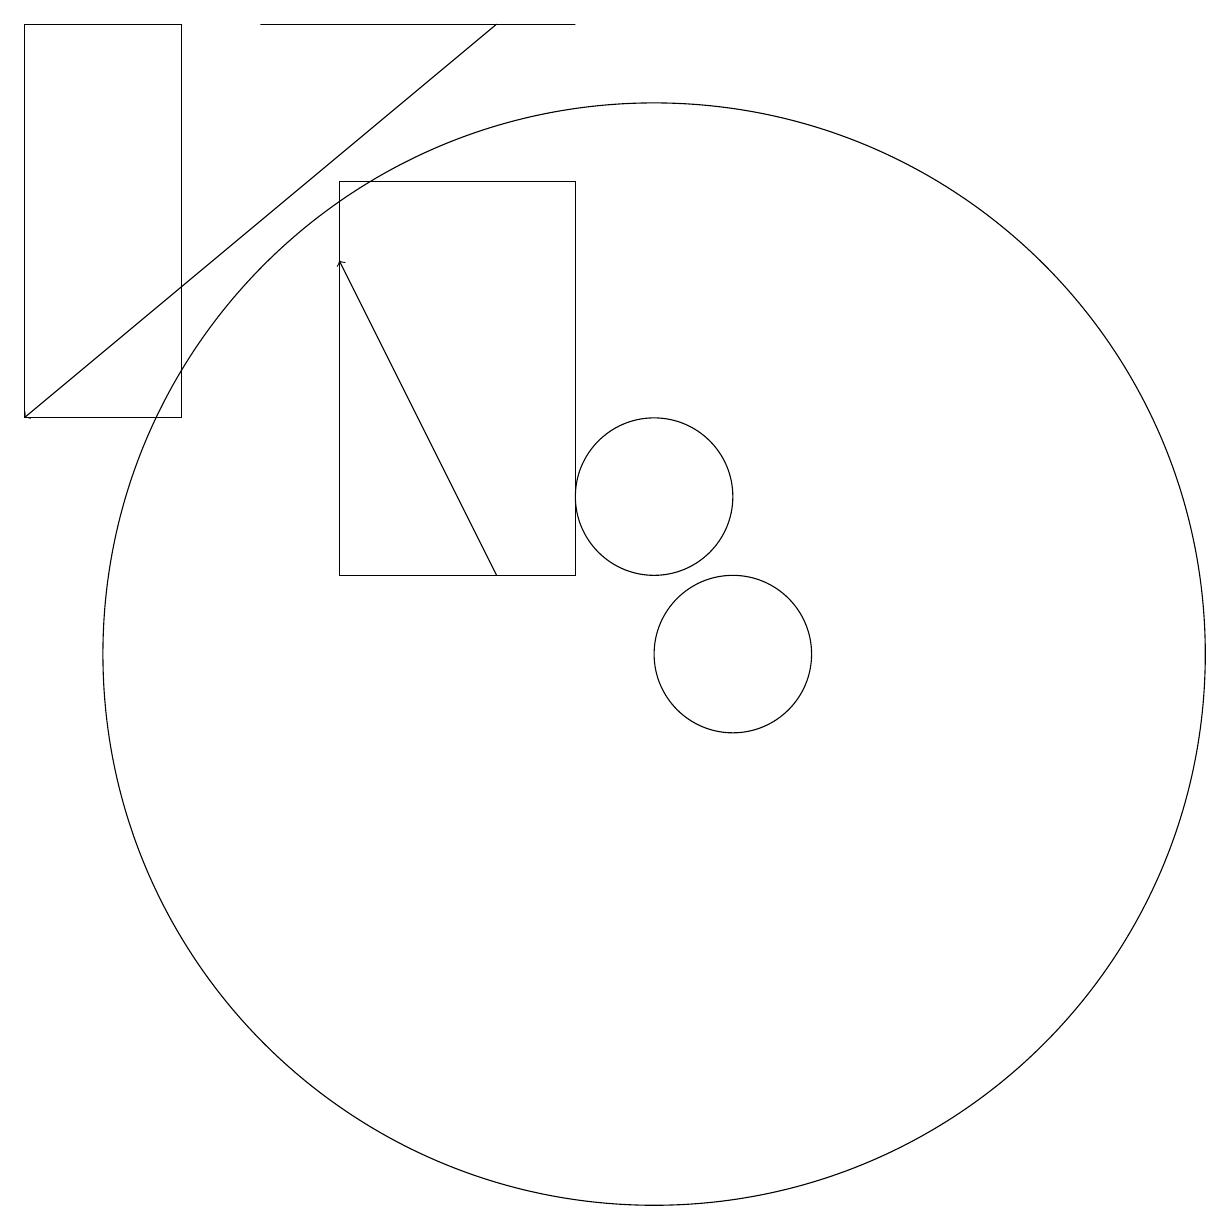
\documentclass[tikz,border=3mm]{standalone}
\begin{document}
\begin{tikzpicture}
\draw[->] (8,18) -- (2,13);
\draw (4,18) rectangle (2,13);
\draw[->] (8,11) -- (6,15);
\draw (9,11) rectangle (6,16);
\draw (10,10) circle (7);
\draw (10,12) circle (1);
\draw (9,18) rectangle (5,18);
\draw (11,10) circle (1);
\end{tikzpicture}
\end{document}